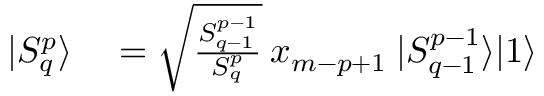
\begin{array} { r l } { | S _ { q } ^ { p } \rangle } & { { } = \sqrt { \frac { S _ { q - 1 } ^ { p - 1 } } { S _ { q } ^ { p } } } \: x _ { m - p + 1 } \: | S _ { q - 1 } ^ { p - 1 } \rangle | 1 \rangle } \end{array}